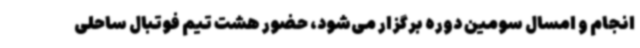
انجام و امسال سومین دوره برگزار می‌شود، حضور هشت تیم فوتبال ساحلی